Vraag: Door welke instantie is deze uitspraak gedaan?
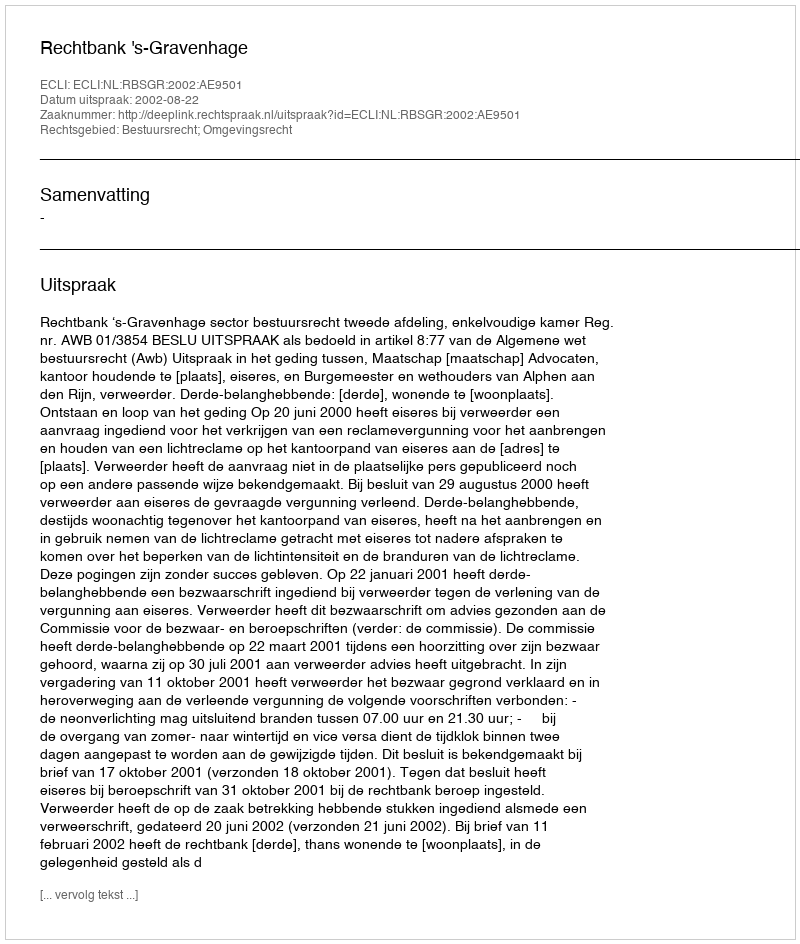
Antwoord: Rechtbank 's-Gravenhage